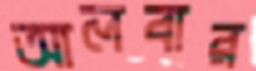
আলবার